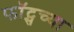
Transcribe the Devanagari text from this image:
फॉट्सच्या